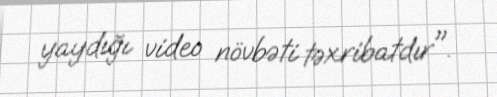
yaydığı video növbəti təxribatdır".